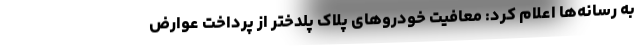
به رسانه‌ها اعلام کرد: معافیت خودروهای پلاک پلدختر از پرداخت عوارض